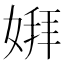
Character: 𫱋